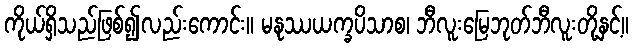
ကိုယ်ရှိသည်ဖြစ်၍လည်းကောင်း။ မနုဿယက္ခပိသာစ၊ ဘီလူးမြေဘုတ်ဘီလူးတို့နှင့်။